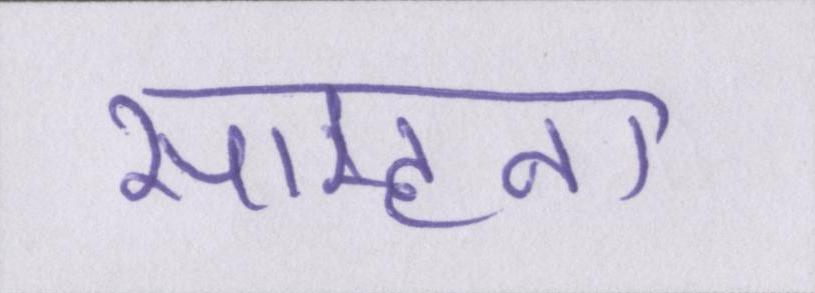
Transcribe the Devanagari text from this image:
साम्हना